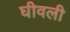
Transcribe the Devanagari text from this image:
घीवली